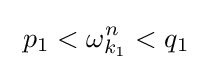
\ p_{1}<\omega _{k_{1}}^{n}<q_{1}